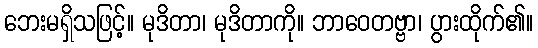
ဘေးမရှိသဖြင့်။ မုဒိတာ၊ မုဒိတာကို။ ဘာဝေတဗ္ဗာ၊ ပွားထိုက်၏။